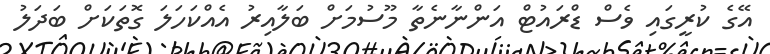
އޭގެ ކުރީގައި ވެސް ޑްރައުޓް އަންނާނެތާ މޫސުމަށް ބަލާއިރު އެއްކަހަލަ ގޮތަކަށް ބަދަލު